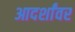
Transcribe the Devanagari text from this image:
आदर्शांवर